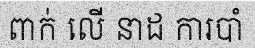
ពាក់ លើ នាដ ការបាំ